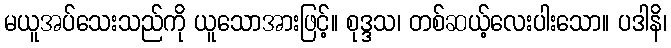
မယူအပ်သေးသည်ကို ယူသောအားဖြင့်။ စုဒ္ဒသ၊ တစ်ဆယ့်လေးပါးသော။ ပဒါနိ၊